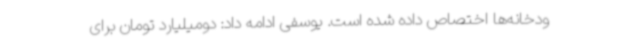
ودخانه‌ها اختصاص داده شده است. یوسفی ادامه داد: دومیلیارد تومان برای